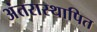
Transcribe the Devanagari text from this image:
अंतरास्थापित